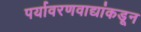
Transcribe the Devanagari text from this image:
पर्यावरणवाद्यांकडून